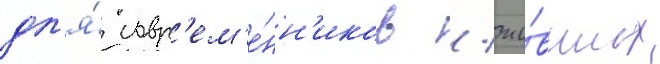
дл'я́ совр'ем'е́нн'иков / жи́вших